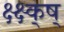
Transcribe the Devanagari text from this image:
क्ष्क्ष्क्ष्